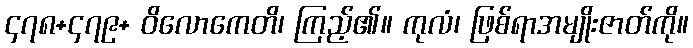
၄၇၈+၄၇၉+ ဝိလောကေတိ၊ ကြည့်၏။ ကုလံ၊ ဖြစ်ရာအမျိုးဇာတ်ကို။